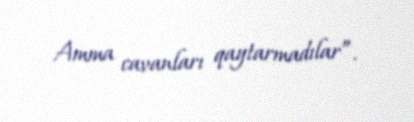
Amma cavanları qaytarmadılar”.